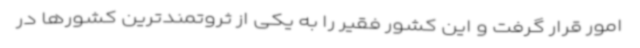
امور قرار گرفت و این کشور فقیر را به یکی از ثروتمندترین کشورها در